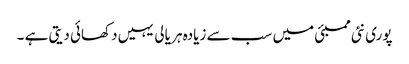
پوری نئی ممبئی میں سب سے زیادہ ہر یالی یہیں دکھائی دیتی ہے ۔